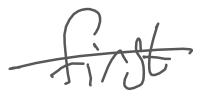
Text: first
Cross-out: single-line
Writing tool: digital_gray